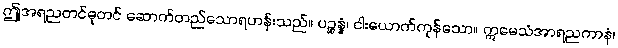
ဤအရညတင်ဓုတင် ဆောက်တည်သောရဟန်းသည်။ ပဉ္စန္နံ၊ ငါးယောက်ကုန်သော။ ဣမေသံအာရညကာနံ၊